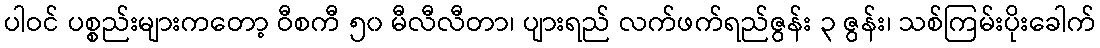
ပါဝင် ပစ္စည်းများကတော့ ဝီစကီ ၅၀ မီလီလီတာ၊ ပျားရည် လက်ဖက်ရည်ဇွန်း ၃ ဇွန်း၊ သစ်ကြမ်းပိုးခေါက်